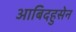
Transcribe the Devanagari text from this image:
आबिदहुसेन